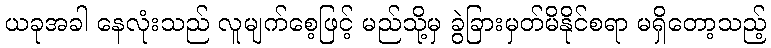
ယခုအခါ နေလုံးသည် လူမျက်စေ့ဖြင့် မည်သို့မှ ခွဲခြားမှတ်မိနိုင်စရာ မရှိတော့သည့်